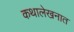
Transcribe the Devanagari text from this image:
कथालेखनात